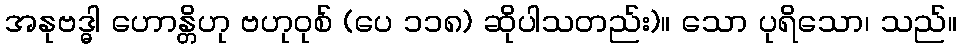
အနုဗဒ္ဓါ ဟောန္တိဟု ဗဟုဝုစ် (ပေ ၁၁၈) ဆိုပါသတည်း)။ သော ပုရိသော၊ သည်။